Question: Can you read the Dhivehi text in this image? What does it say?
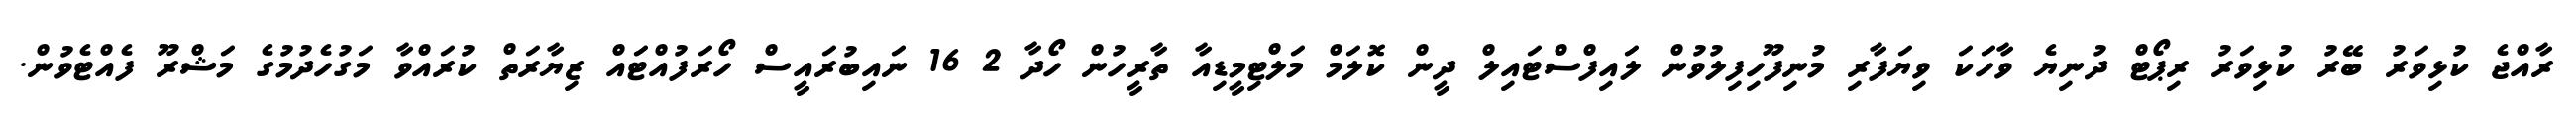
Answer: ރާއްޖެ ކުޅިވަރު ބޭރު ކުޅިވަރު ރިޕޯޓް ދުނިޔެ ވާހަކަ ވިޔަފާރި މުނިފޫހިފިލުވުން ލައިފްސްޓައިލް ދީން ކޮލަމް މަލްޓިމީޑިއާ ތާރީހުން ހޯދާ 2 16 ނައިބުރައީސް ހޯރަފުއްޓައް ޒިޔާރަތް ކުރައްވާ މަގުހެދުމުގެ މަޝްރޫ ފެއްޓެވުން.